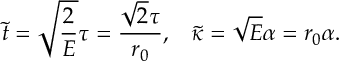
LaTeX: \tilde { t } = \sqrt { \frac { 2 } { E } } \tau = \frac { \sqrt { 2 } \tau } { r _ { 0 } } , \; \; \; \tilde { \kappa } = \sqrt { E } \alpha = r _ { 0 } \alpha .